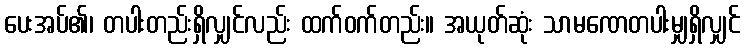
ပေးအပ်၏၊ တပါးတည်းရှိလျှင်လည်း ထက်ဝက်တည်း။ အယုတ်ဆုံး သာမဏေတပါးမျှရှိလျှင်